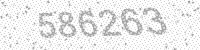
Solution: 586263